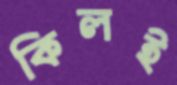
কিলই